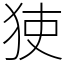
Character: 㹬